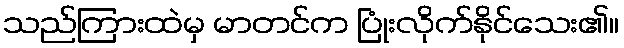
သည်ကြားထဲမှ မာတင်က ပြုံးလိုက်နိုင်သေး၏။